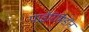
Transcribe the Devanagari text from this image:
पाईरिमिडीन